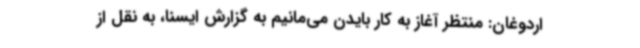
اردوغان: منتظر آغاز به کار بایدن می‌مانیم به گزارش ایسنا، به نقل از